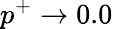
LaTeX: p^{+}\to 0.0